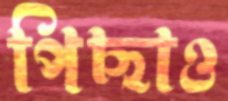
পিছাও